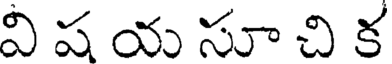
వి ష య సూ చి క